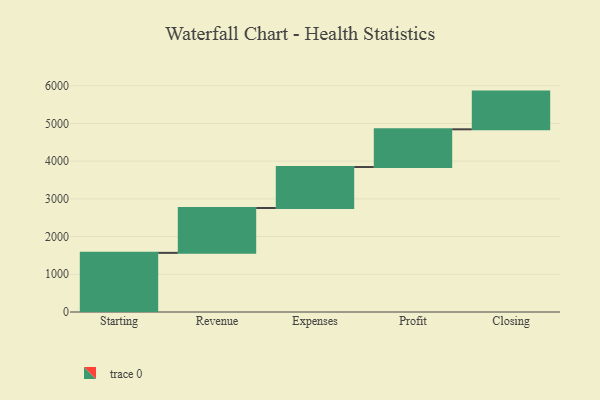
{"axis": {"x": "Step", "y": "Value"}, "legend": [""], "data": [{"x": "Starting", "y": 1568.0, "type": ""}, {"x": "Revenue", "y": 1189.0, "type": ""}, {"x": "Expenses", "y": 1087.0, "type": ""}, {"x": "Profit", "y": 1000, "type": ""}, {"x": "Closing", "y": 1000, "type": ""}]}